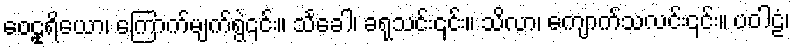
ဝေဠုရိယော၊ ကြောက်မျက်ရွဲ၎င်း။ သင်္ခေါ၊ ခရုသင်း၎င်း။ သိလာ၊ ကျောက်သလင်း၎င်း။ ပဝါဠံ၊